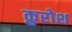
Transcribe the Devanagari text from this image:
क़ुरोश